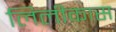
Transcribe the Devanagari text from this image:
लिलीकास